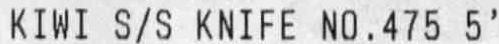
KIWI S/S KNIFE NO.475 5'